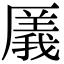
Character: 㕒